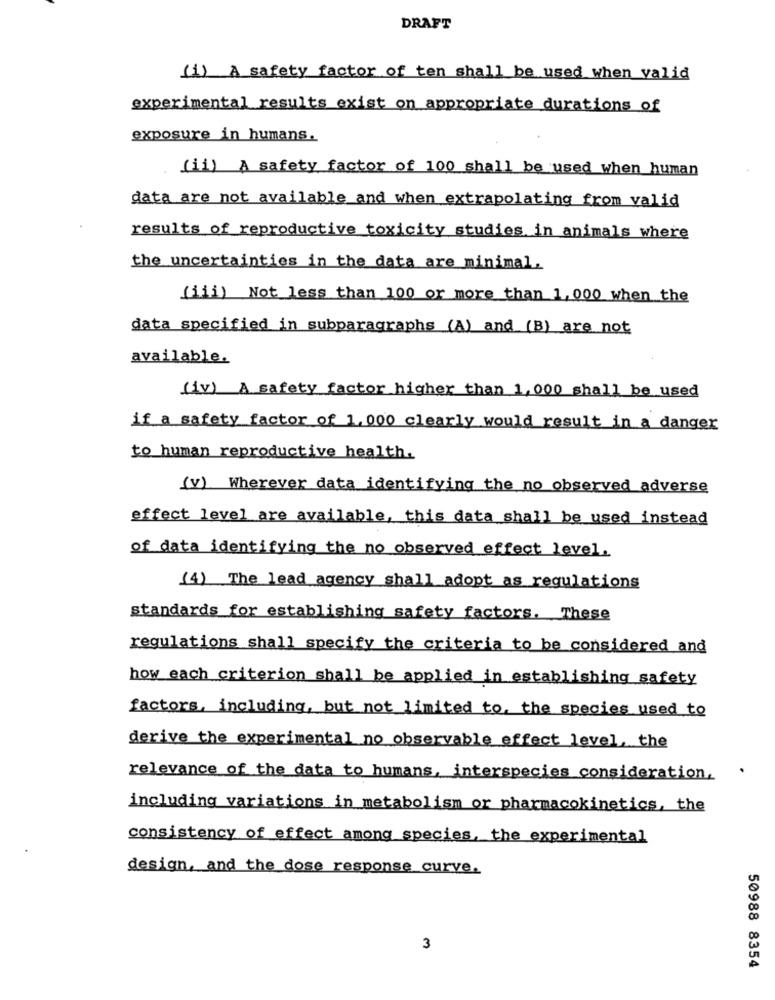
DRAFT
(1) A safety factor of ten shall be used when valid
experimental results exist on appropriate durations of
exposure in humans.
(ii) A safety factor of 100 shall be used when human
data are not available and when extrapolating from valid
results of reproductive toxicity studies in animals where
the uncertainties in the data are minimal.
(iii) Not less than 100 or more than 1,000 when the
data specified in subparagraphs (A) and (B) are not
available.
(iv) A safety factor higher than 1,000 shall be used
if a safety factor of 1,000 clearly would result in a danger
to human reproductive health.
(v) Wherever data identifying the no observed adverse
effect level are available, this data shall be used instead
of data identifying the no observed effect level.
(4) The lead agency shall adopt as regulations
standards for establishing safety factors. These
regulations shall specify the criteria to be considered and
how each criterion shall be applied in establishing safety
factors, including, but not limited to, the species used to
derive the experimental no observable effect level, the
relevance of the data to humans, interspecies consideration.
including variations in metabolism or pharmacokinetics, the
consistency of effect among species, the experimental
design, and the dose response curve.
3
50988 8354